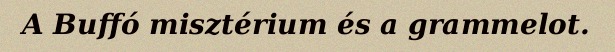
A Buffó misztérium és a grammelot.